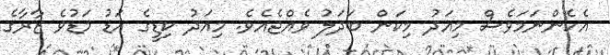
އެހެންނަމަވެސް މިއަދު މިކަން ބަދަލު ވެއްޖެއެވެ. މިއަދު ކިޑީގެ އަޑު މަޑުވެ ޒާރާގެ